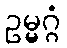
ဥမ္မဂ္ဂံ